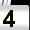
Digit: 4